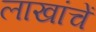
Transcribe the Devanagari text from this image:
लाखांचें